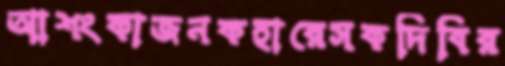
আশংকাজনকহারেসকদিবির